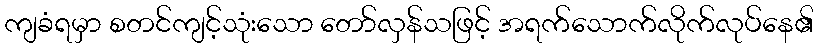
ကျခံရမှာ စတင်ကျင့်သုံးသော တော်လှန်သဖြင့် အရက်သောက်လိုက်လုပ်နေ၏